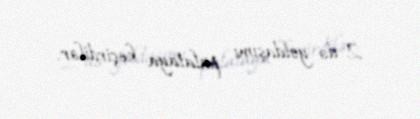
2-də yoldaşımı palataya keçirdilər.